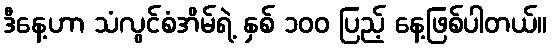
ဒီနေ့ဟာ သံလွင်စံအိမ်ရဲ့ နှစ် ၁၀၀ ပြည့် နေ့ဖြစ်ပါတယ်။